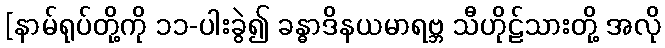
[နာမ်ရုပ်တို့ကို ၁၁-ပါးခွဲ၍ ခန္ဓာဒိနယမာရဗ္ဘ သီဟိုဠ်သားတို့ အလို